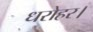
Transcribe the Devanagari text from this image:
धरोहर।